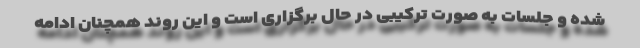
شده و جلسات به صورت ترکیبی در حال برگزاری است و این روند همچنان ادامه